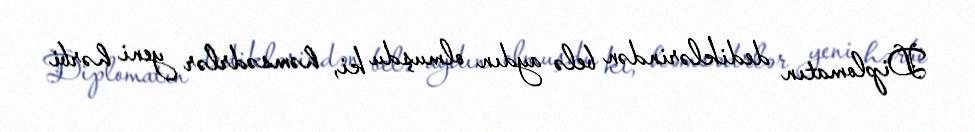
Diplomatın dediklərindən belə aydın olmuşdu ki, həmsədrlər yeni hərbi